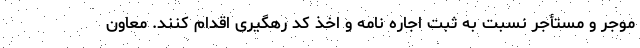
موجر و مستأجر نسبت به ثبت اجاره نامه و اخذ کد رهگیری اقدام کنند. معاون